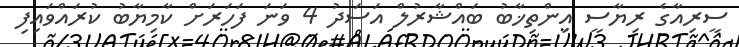
ސީރިއާގެ ރިޔާސީ އިންތިޚާބު ބައްޝާރުލް އަސަދު 4 ވަނަ ފަހަރަށް ކާމިޔާބު ކުރައްވައިފި